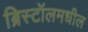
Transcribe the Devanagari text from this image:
ब्रिस्टॉलमधील